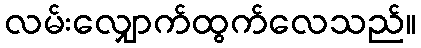
လမ်းလျှောက်ထွက်လေသည်။